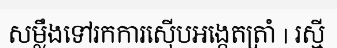
សម្លឹងទៅរកការស៊ើបអង្កេតត្រាំ | រស្មី